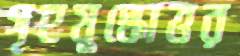
গৃহযুদ্ধোত্তর